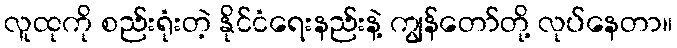
လူထုကို စည်းရုံးတဲ့ နိုင်ငံရေးနည်းနဲ့ ကျွန်တော်တို့ လုပ်နေတာ။